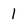
Character: 1